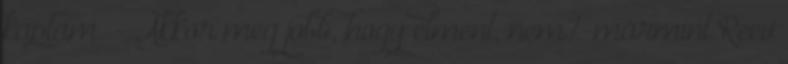
kaptam. - Akkor meg jobb, hogy elment, nem?-mármint Reev